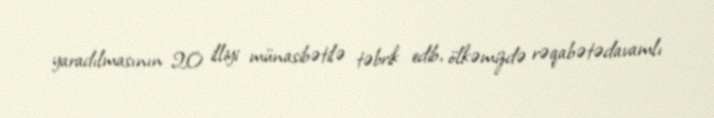
yaradılmasının 20 illiyi münasibətilə təbrik edib, ölkəmizdə rəqabətədavamlı